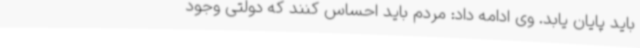
باید پایان یابد. وی ادامه داد: مردم باید احساس کنند که دولتی وجود